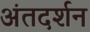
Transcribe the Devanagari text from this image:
अंतदर्शन